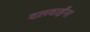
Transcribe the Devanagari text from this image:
दलवाईंना